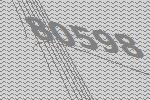
80598